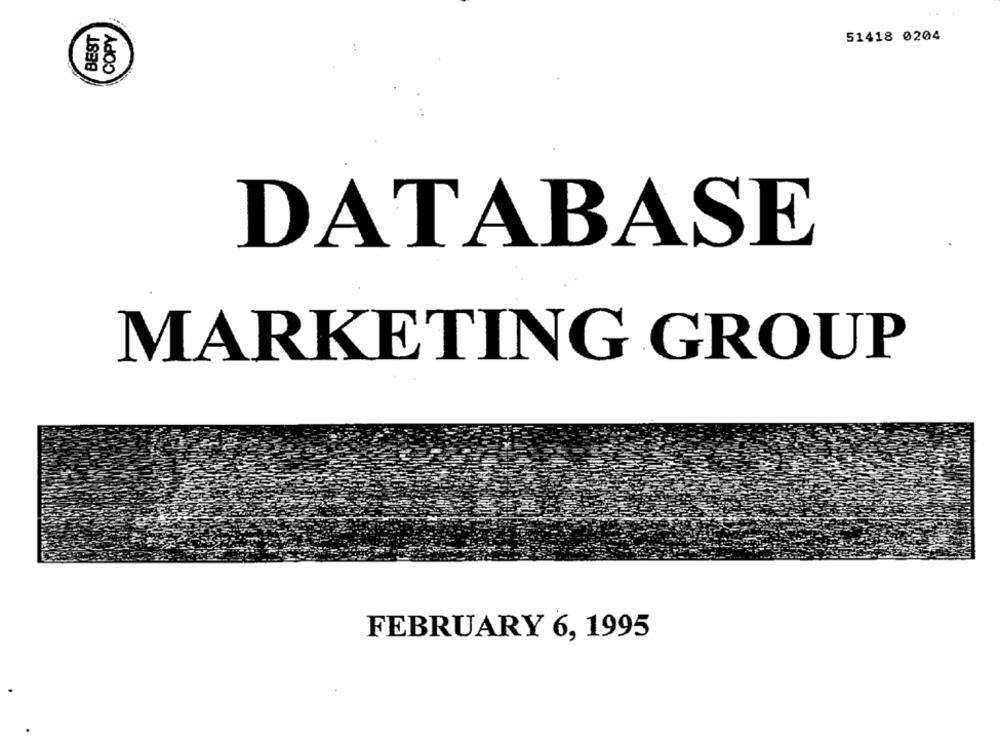
BEST
COPY
51418 0204
DATABASE
MARKETING GROUP
FEBRUARY 6, 1995